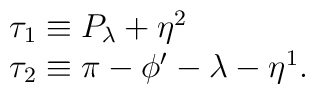
\begin{array}{l} \tau_1\equiv P_\lambda+\eta^2 \\ \tau_2\equiv \pi-\phi'-\lambda-\eta^1. \end{array}